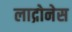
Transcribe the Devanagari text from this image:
लाद्रोनेस